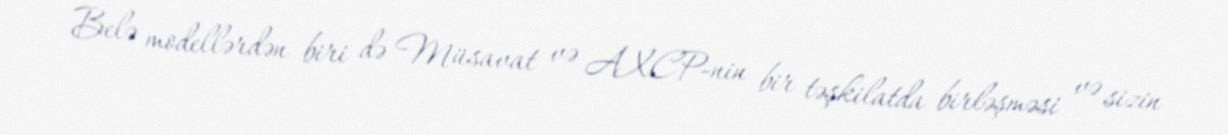
Belə modellərdən biri də Müsavat və AXCP-nin bir təşkilatda birləşməsi və sizin